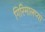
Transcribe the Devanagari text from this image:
गिरिमालप्या